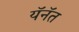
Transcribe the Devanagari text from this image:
यॅनॅत